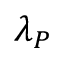
\lambda _ { P }